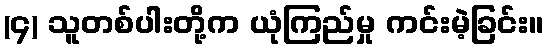
(၄) သူတစ်ပါးတို့က ယုံကြည်မှု ကင်းမဲ့ခြင်း။